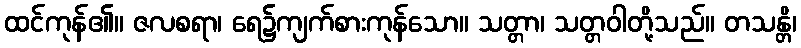
ထင်ကုန်၏။ ဇလစရာ၊ ရေ၌ကျက်စားကုန်သော။ သတ္တာ၊ သတ္တဝါတို့သည်။ တသန္တိ၊